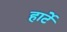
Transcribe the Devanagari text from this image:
हार्टे